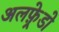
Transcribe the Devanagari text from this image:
अलफ़्रेडो